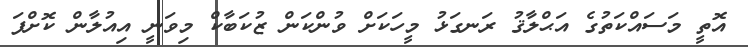
އޮތީ މަސައްކަތުގެ އަޙްލާޤު ރަނގަޅު މީހަކަށް ވުންކަން ޒުކަބާކް މިވަނީ އިއުލާން ކޮށްފަ